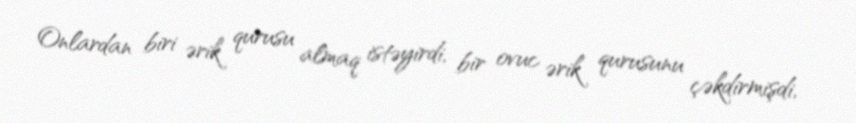
Onlardan biri ərik qurusu almaq istəyirdi, bir ovuc ərik qurusunu çəkdirmişdi,